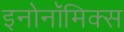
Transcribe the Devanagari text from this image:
इनोनॉमिक्स